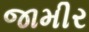
જામીર